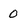
Character: 0